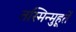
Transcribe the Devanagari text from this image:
तस्मिन्मुहूर्ते